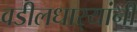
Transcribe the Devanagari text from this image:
वडीलधार्‍यांनी